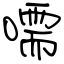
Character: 嚅